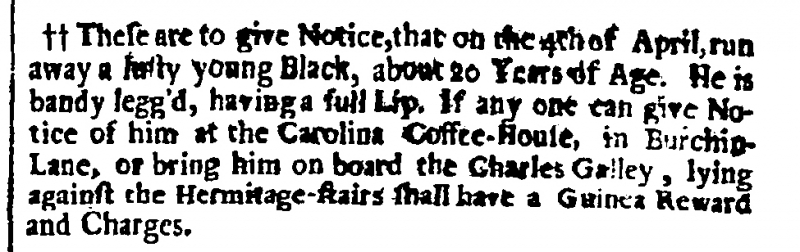
Flying Post or The Post Master, 8 April 1701 (England)
These are to give Notice, that on the 4th of April, run away a lusty young Black, about 20 Years of Age. He is bandy legg’d, having a full Lip. If any one can give Notice of him at the Carolina Coffee-House, in Burchin-Lane, or bring him on board the Charles Galley, lying against the Hermitage-stairs shall have a Guinea Reward and Charges.